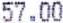
57.00